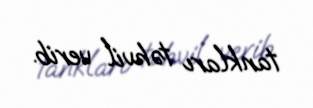
tankları təhvil verib.